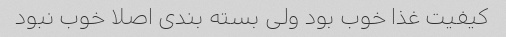
کیفیت غذا خوب بود ولی بسته بندی اصلا خوب نبود